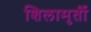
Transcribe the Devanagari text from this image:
शिलामृर्ती